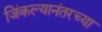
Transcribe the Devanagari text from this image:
जिंकल्यानंतरच्या